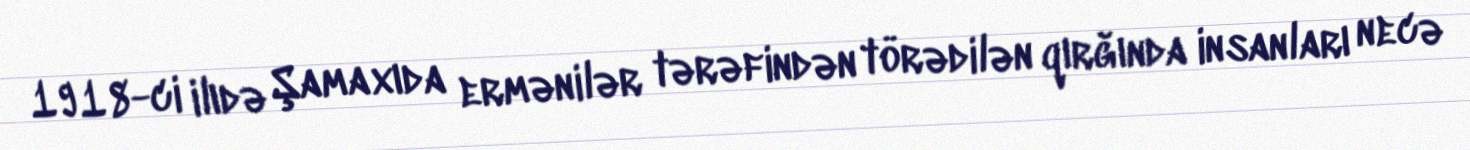
1918-ci ilıdə Şamaxıda ermənilər tərəfindən törədilən qırğında insanları necə